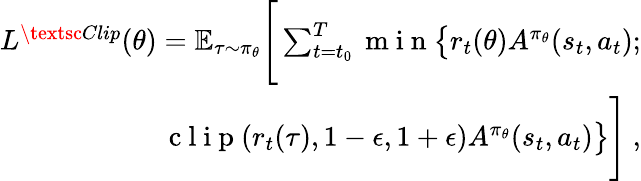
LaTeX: \begin{array}{r}{L^{\textsc{Clip}}(\theta)=\mathbb{E}_{\tau\sim\pi_{\theta}}\Bigg[\sum_{{t=t_{0}}}^{T}\mathrm{~m~i~n~}\big\lbrace r_{t}(\theta)A^{\pi_{\theta}}(s_{t},a_{t});}\\ {\mathrm{~c~l~i~p~}(r_{t}(\tau),1-\epsilon,1+\epsilon)A^{\pi_{\theta}}(s_{t},a_{t})\big\rbrace\Bigg]~,}\end{array}